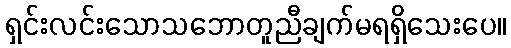
ရှင်းလင်းသောသဘောတူညီချက်မရရှိသေးပေ။